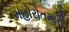
મહોરોતમારી